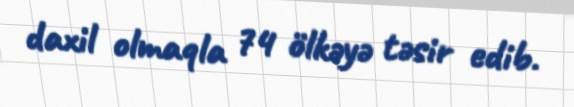
daxil olmaqla 74 ölkəyə təsir edib.